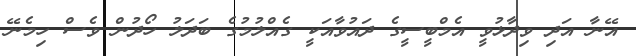
އޭނާ އަދި ވިދާޅުވީ އެމްބީސީގެ ދައުވާއަކީ ގެއްލުމުގެ ބަދަލު ހޯދުން ވެސް ހިމެނޭ